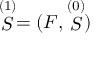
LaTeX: \stackrel { ( 1 ) } { S } = ( F , \stackrel { ( 0 ) } { S } )